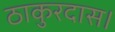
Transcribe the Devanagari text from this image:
ठाकुरदास।